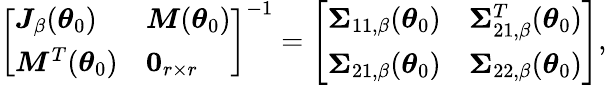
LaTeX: \left[\begin{array}{ll}{\boldsymbol{J}_{\beta}(\boldsymbol{\theta}_{0})}&{\boldsymbol{M}(\boldsymbol{\theta}_{0})}\\ {\boldsymbol{M}^{T}(\boldsymbol{\theta}_{0})}&{\boldsymbol{0}_{r\times r}}\end{array}\right]^{-1}=\left[\begin{array}{ll}{\boldsymbol{\Sigma}_{11,\beta}(\boldsymbol{\theta}_{0})}&{\boldsymbol{\Sigma}_{21,\beta}^{T}(\boldsymbol{\theta}_{0})}\\ {\boldsymbol{\Sigma}_{21,\beta}(\boldsymbol{\theta}_{0})}&{\boldsymbol{\Sigma}_{22,\beta}(\boldsymbol{\theta}_{0})}\end{array}\right],